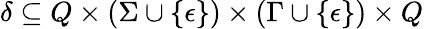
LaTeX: \delta\subseteq Q\times(\Sigma\cup\{ \epsilon\} )\times(\Gamma\cup\{ \epsilon\} )\times Q